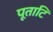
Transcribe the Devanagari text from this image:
पूताटि